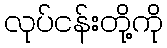
လုပ်ငန်းတို့ကို